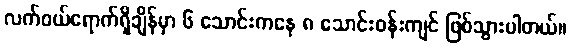
လက်ဝယ်ရောက်ရှိချိန်မှာ ၆ သောင်းကနေ ၈ သောင်းဝန်းကျင် ဖြစ်သွားပါတယ်။